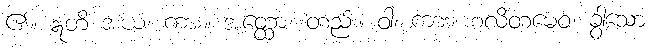
၏။ ဣတိ အယံ၊ ကား။ အတ္ထော၊ တည်း။ ဝါ၊ ကား။ စလိတမေဝ၊ ခွာသော